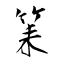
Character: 筙